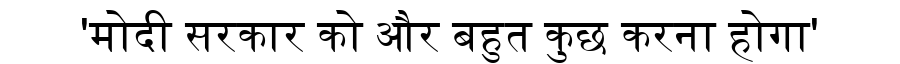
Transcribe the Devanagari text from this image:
'मोदी सरकार को और बहुत कुछ करना होगा'